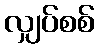
လျှပ်စစ်